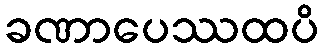
ခဏာပေဿထပိ